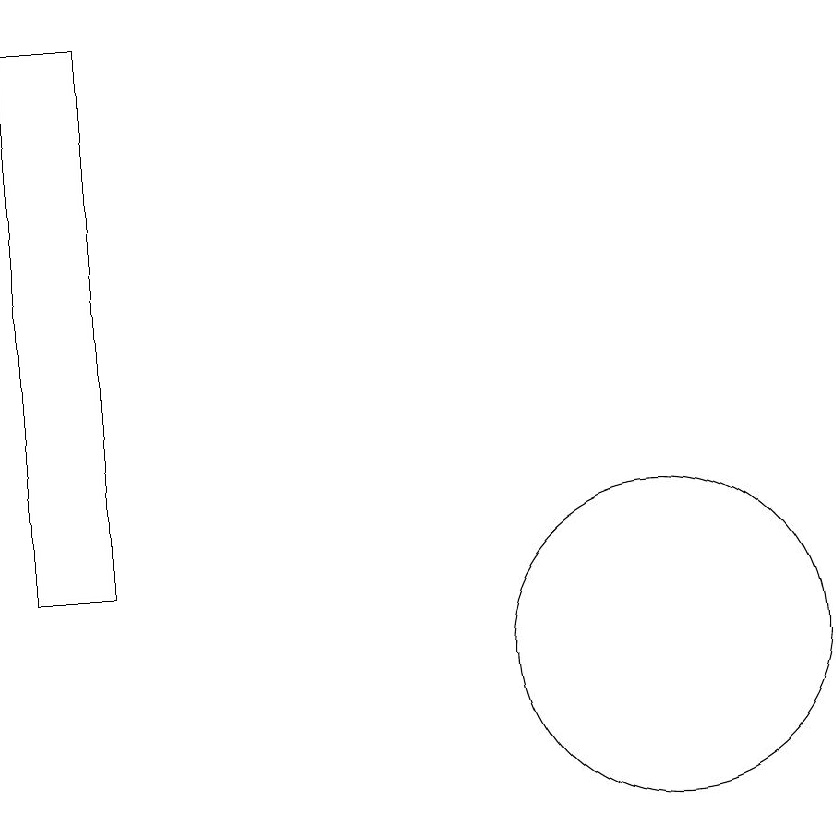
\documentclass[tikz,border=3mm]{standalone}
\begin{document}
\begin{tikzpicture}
\draw (11,10) circle (2);
\draw (4,18) rectangle (4,16);
\draw (4,11) rectangle (3,18);
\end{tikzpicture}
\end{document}